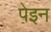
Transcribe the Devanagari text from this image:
पेइन